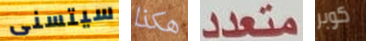
سيتسنى هكذا متعدد كوبر